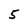
Character: 5